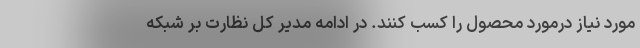
مورد نیاز درمورد محصول را کسب کنند. در ادامه مدیر کل نظارت بر شبکه